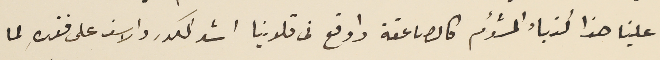
علينا هذا النباء المشؤم كالصاعقة واوقع فى قلوبنا اشد الكدر والاسف على فقدهِ لما